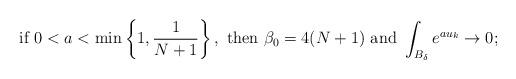
LaTeX: \begin{align*}\hbox{if } 0<a<\min\left\{1,\frac{1}{N+1}\right\}, \hbox{ then } \beta_0=4(N+1) \hbox{ and } \int_{B_{\delta}} e^{au_k} \to 0;\end{align*}